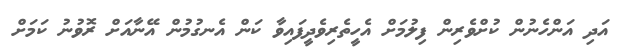
އަދި އަންހެނުން ކުށްވެރިން ފިލުމަށް އެހީތެރިވެދީފައިވާ ކަން އެނގުމުން އޭނާއަަށް ރޮވުނު ކަމަށް